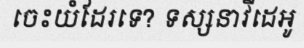
ចេះយំដែរទេ? ទស្សនាវីដេអូ